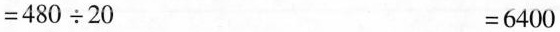
$$= 4 8 0 \div 2 0$$ $$= 6 4 0 0$$